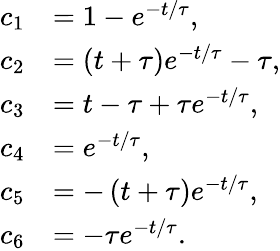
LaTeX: \begin{array}{rl}{c_{1}}&{=1-e^{-t/\tau},}\\ {c_{2}}&{=\left(t+\tau\right)e^{-t/\tau}-\tau,}\\ {c_{3}}&{=t-\tau+\tau e^{-t/\tau},}\\ {c_{4}}&{=e^{-t/\tau},}\\ {c_{5}}&{=-\left(t+\tau\right)e^{-t/\tau},}\\ {c_{6}}&{=-\tau e^{-t/\tau}.}\end{array}